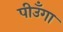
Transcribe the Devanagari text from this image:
पीउँगा